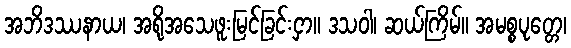
အဘိဒဿနာယ၊ အရိုအသေဖူးမြင်ခြင်းငှာ။ ဒသဝါ၊ ဆယ်ကြိမ်။ အမစ္စပုတ္တေ၊